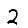
Digit: 2